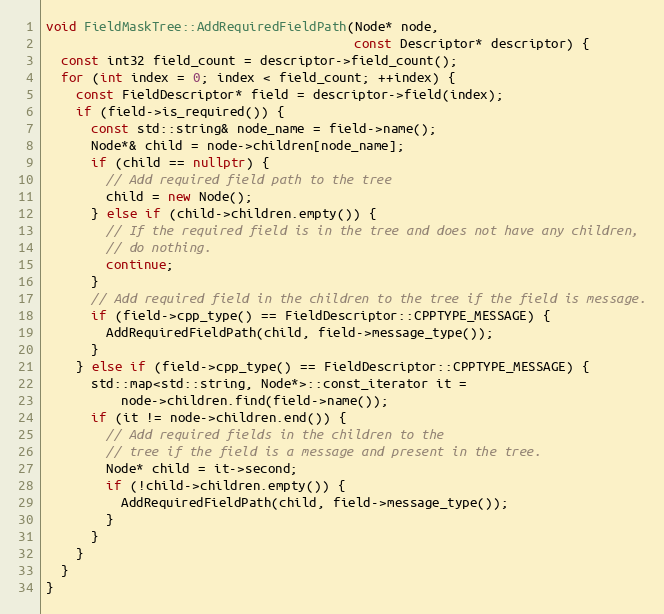
Language: C++
void FieldMaskTree::AddRequiredFieldPath(Node* node,
                                         const Descriptor* descriptor) {
  const int32 field_count = descriptor->field_count();
  for (int index = 0; index < field_count; ++index) {
    const FieldDescriptor* field = descriptor->field(index);
    if (field->is_required()) {
      const std::string& node_name = field->name();
      Node*& child = node->children[node_name];
      if (child == nullptr) {
        // Add required field path to the tree
        child = new Node();
      } else if (child->children.empty()) {
        // If the required field is in the tree and does not have any children,
        // do nothing.
        continue;
      }
      // Add required field in the children to the tree if the field is message.
      if (field->cpp_type() == FieldDescriptor::CPPTYPE_MESSAGE) {
        AddRequiredFieldPath(child, field->message_type());
      }
    } else if (field->cpp_type() == FieldDescriptor::CPPTYPE_MESSAGE) {
      std::map<std::string, Node*>::const_iterator it =
          node->children.find(field->name());
      if (it != node->children.end()) {
        // Add required fields in the children to the
        // tree if the field is a message and present in the tree.
        Node* child = it->second;
        if (!child->children.empty()) {
          AddRequiredFieldPath(child, field->message_type());
        }
      }
    }
  }
}